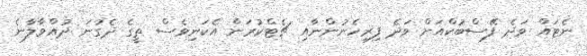
ނެޓައް ވަދެ ފޭސްބުކްއަށް ވަދެ ފިރިހެނުންނާއި ޗެޓްކުރަން އެކަނިވެސް ތީގެ ދެގުނަ ދުއްވާލާނެ